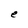
Character: e